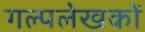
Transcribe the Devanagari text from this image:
गल्पलेखकों